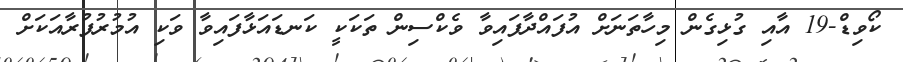
ކޯވިޑް-19 އާއި ގުޅިގެން މިހާތަނަށް އުފައްދާފައިވާ ވެކްސިން ތަކަކީ ކަނޑައަޅާފައިވާ ވަކި އުމުރުފުރާއަކަށް